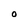
Character: O